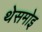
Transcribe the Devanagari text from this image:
थेसमोइ